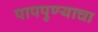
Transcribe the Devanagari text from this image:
पापपुण्याचा